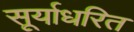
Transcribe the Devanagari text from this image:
सूर्याधरित